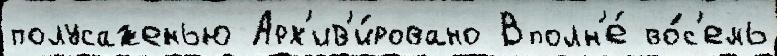
полусаженью Арх'ив'и́ровано Вполн'е́ во́с'емь